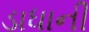
ડાધાની